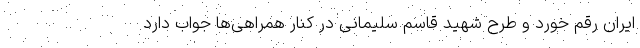
ایران رقم خورد و طرح شهید قاسم سلیمانی در کنار همراهی‌ها جواب دارد